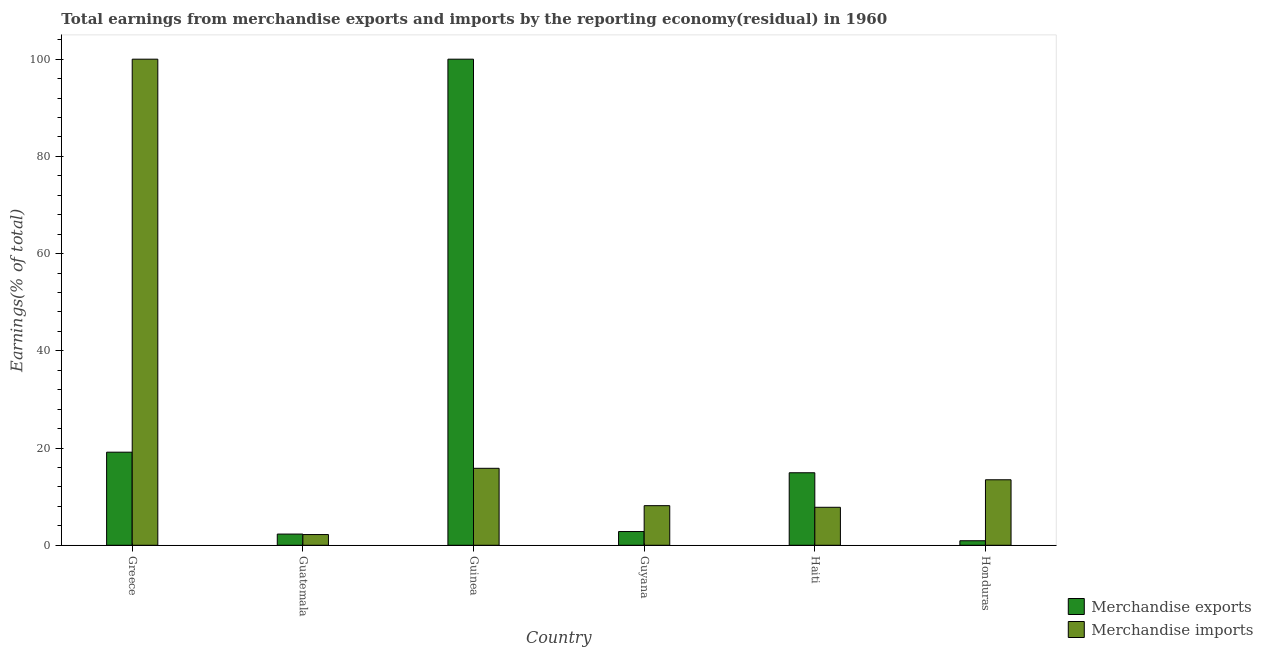
| Country | Merchandise exports | Merchandise imports |
 | --- | --- | --- |
 | Greece | 19.2 | 100 |
 | Guatemala | 2.3 | 2.21 |
 | Guinea | 100 | 15.8 |
 | Guyana | 2.83 | 8.15 |
 | Haiti | 14.9 | 7.82 |
 | Honduras | 0.933 | 13.5 |